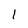
Character: 1